Indian journal of veterinary science and animal husbandry - Volume 9,
Year: 1939
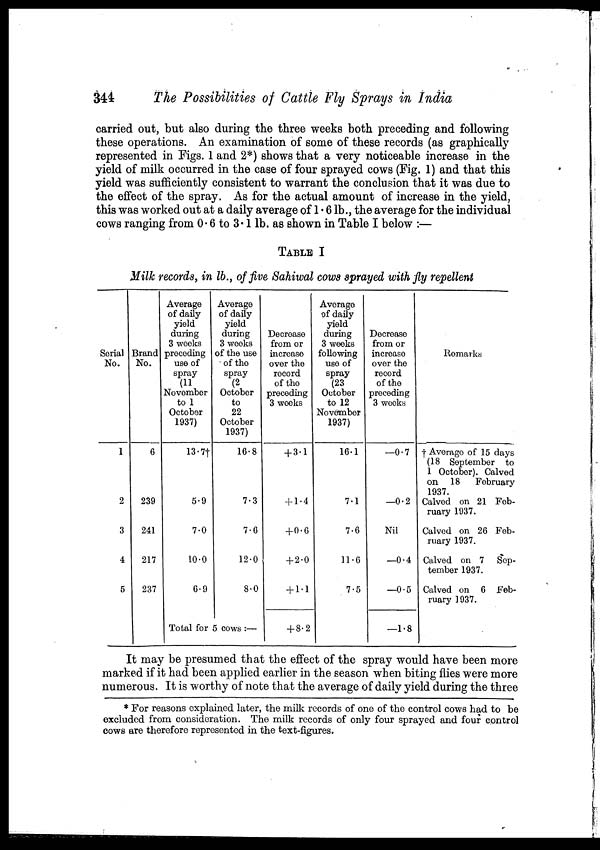
344
The Possibilities of Cattle Fly Sprays in India
carried out, but also during the three weeks both preceding and following
these operations. An examination of some of these records (as graphically
represented in Figs. 1 and 2*) shows that a very noticeable increase in the
yield of milk occurred in the case of four sprayed cows (Fig. 1) and that this
yield was sufficiently consistent to warrant the conclusion that it was due to
the effect of the spray. As for the actual amount of increase in the yield,
this was worked out at a daily average of 1.6 lb., the average for the individual
cows ranging from 0.6 to 3.1 lb. as shown in Table I below :—
TABLE I
Milk records, in lb., of five Sahiwal cows sprayed with fly repellent
Serial
No.
1
2
3
4
5
Brand
No.
6
239
241
217
237
Average
of daily
yield
during
3 weeks
preceding
use of
spray
(11
November
to 1
October
1937)
13.7†
5.9
7.0
10.0
6.9
Average
of daily
yield
during
3 weeks
of the use
of the
spray
(2
October
to
22
October
1937)
16.8
7.3
7.6
12.0
8.0
Total for 5 cows :—
Decrease
from or
increase
over the
record
of the
preceding
3 weeks
+ 3.1
+ 1.4
+ 0.6
+ 2.0
+ 1.1
+ 8.2
Average
of daily
yield
during
3 weeks
following
use of
spray
(23
October
to 12
November
1937)
16.1
7.1
7.6
11.6
7.5
Decrease
from or
increase
over the
record
of the
proceding
3 weeks
—0.7
—0.2
Nil
—0.4
—0.5
—1.8
Remarks
† Average of 15 days
(18 September to
1 October). Calved
on 18
February
1937.
Calved on 21 Feb-
ruary 1937.
Calved on 26 Feb-
ruary 1937.
Calved on 7 Sep-
tember 1937.
Calved on 6 Feb-
ruary 1937.
It may be presumed that the effect of the spray would have been more
marked if it had been applied earlier in the season when biting flies were more
numerous. It is worthy of note that the average of daily yield during the three
* For reasons explained later, the milk records of one of the control cows had to be
excluded from consideration. The milk records of only four sprayed and four control
cows are therefore represented in the text-figures.